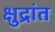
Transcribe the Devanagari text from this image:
क्षुद्रांत